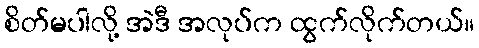
စိတ်မပါလို့ အဲဒီ အလုပ်က ထွက်လိုက်တယ်။